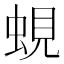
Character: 蜆